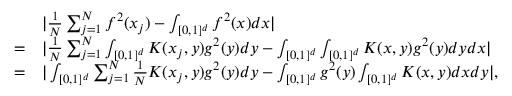
\begin{array} { r l } & { | \frac { 1 } { N } \sum _ { j = 1 } ^ { N } f ^ { 2 } ( x _ { j } ) - \int _ { [ 0 , 1 ] ^ { d } } f ^ { 2 } ( x ) d x | } \\ { = } & { | \frac { 1 } { N } \sum _ { j = 1 } ^ { N } \int _ { [ 0 , 1 ] ^ { d } } K ( x _ { j } , y ) g ^ { 2 } ( y ) d y - \int _ { [ 0 , 1 ] ^ { d } } \int _ { [ 0 , 1 ] ^ { d } } K ( x , y ) g ^ { 2 } ( y ) d y d x | } \\ { = } & { | \int _ { [ 0 , 1 ] ^ { d } } \sum _ { j = 1 } ^ { N } \frac { 1 } { N } K ( x _ { j } , y ) g ^ { 2 } ( y ) d y - \int _ { [ 0 , 1 ] ^ { d } } g ^ { 2 } ( y ) \int _ { [ 0 , 1 ] ^ { d } } K ( x , y ) d x d y | , } \end{array}